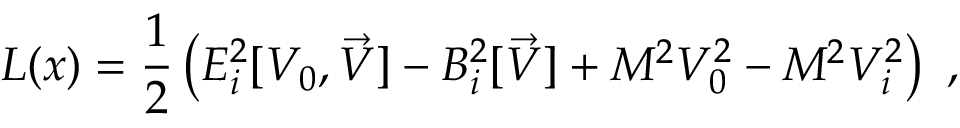
{ \cal L } ( x ) = { \frac { 1 } { 2 } } \left( E _ { i } ^ { 2 } [ V _ { 0 } , \vec { V } ] - B _ { i } ^ { 2 } [ \vec { V } ] + M ^ { 2 } V _ { 0 } ^ { 2 } - M ^ { 2 } V _ { i } ^ { 2 } \right) ~ ,